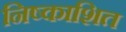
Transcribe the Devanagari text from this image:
निष्काशित